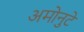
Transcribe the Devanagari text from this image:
अमोनुटे